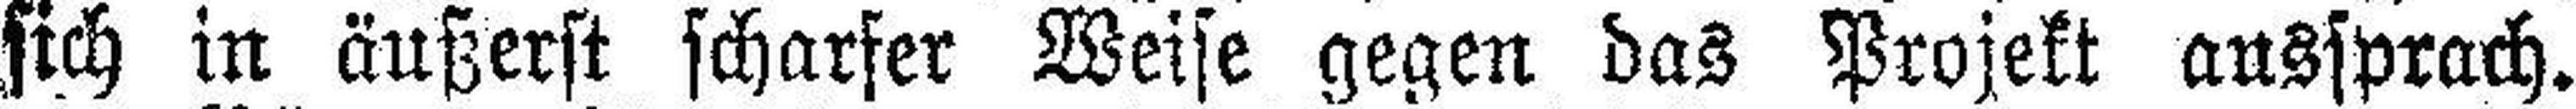
sich in äußerst scharfer Weise gegen das Projekt aussprach.